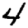
Digit: 4